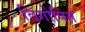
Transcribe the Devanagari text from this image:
विगोपित